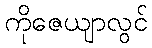
ကိုဇေယျာလွင်